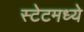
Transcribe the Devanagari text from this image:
स्टेटमध्ये